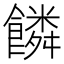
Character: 𩞻